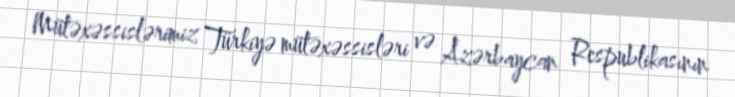
Mütəxəssislərimiz Türkiyə mütəxəssisləri və Azərbaycan Respublikasının